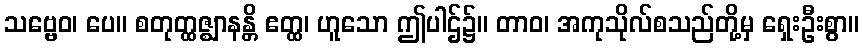
သဗ္ဗေဝ၊ ပေ။ စတုတ္ထဇ္ဈာနန္တိ ဧတ္ထ၊ ဟူသော ဤပါဌ်၌။ တာဝ၊ အကုသိုလ်စသည်တို့မှ ရှေးဦးစွာ။